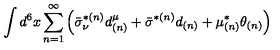
\int d ^ { 6 } x \sum _ { n = 1 } ^ { \infty } \left( \bar { \sigma } _ { \nu } ^ { * ( n ) } d _ { ( n ) } ^ { \mu } + \bar { \sigma } ^ { * ( n ) } d _ { ( n ) } + \mu _ { ( n ) } ^ { * } \theta _ { ( n ) } \right)